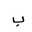
Letter: _ba